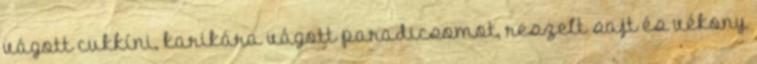
vágott cukkíni, karikára vágott paradicsomot, reszelt sajt és vékony